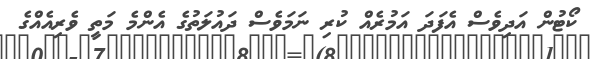
ކޯޓުން އަދިވެސް އެފަދަ އަމުރެއް ކުރި ނަމަވެސް ދައުލަތުގެ އެންމެ މަތީ ވެރިއެއްގެ